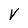
Character: V